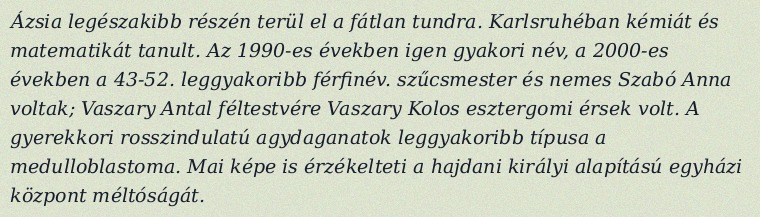
Ázsia legészakibb részén terül el a fátlan tundra. Karlsruhéban kémiát és matematikát tanult. Az 1990-es években igen gyakori név, a 2000-es években a 43-52. leggyakoribb férfinév. szűcsmester és nemes Szabó Anna voltak; Vaszary Antal féltestvére Vaszary Kolos esztergomi érsek volt. A gyerekkori rosszindulatú agydaganatok leggyakoribb típusa a medulloblastoma. Mai képe is érzékelteti a hajdani királyi alapítású egyházi központ méltóságát.